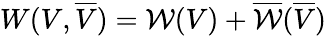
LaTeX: W(V,\overline{{V}})=\mathcal{W}(V)+\overline{{\mathcal{W}}}(\overline{{V}})